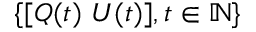
\{ [ Q ( t ) ~ U ( t ) ] , t \in \mathbb { N } \}